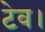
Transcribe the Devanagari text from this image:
टेव।